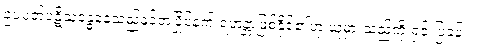
ဥပပတ်ပဋိသန္ဓေနေသည်နှင့်တပြိုင်နက် ရဟန္တာဖြစ်နိုင်၏ဟု ယူမှားသည်ကို ရှင်းပြခန်း။